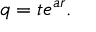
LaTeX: q = t e ^ { a r } .